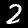
Digit: 2